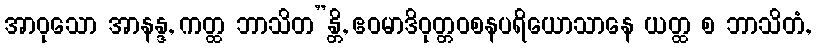
အာဝုသော အာနန္ဒ, ကတ္ထ ဘာသိတ”န္တိ, ဧဝမာဒိဝုတ္တဝစနပရိယောသာနေ ယတ္ထ စ ဘာသိတံ,